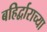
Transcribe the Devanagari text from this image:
बहिर्द्वाराच्या